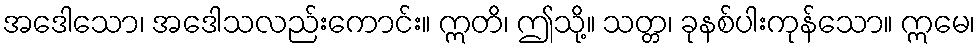
အဒေါသော၊ အဒေါသလည်းကောင်း။ ဣတိ၊ ဤသို့။ သတ္တ၊ ခုနစ်ပါးကုန်သော။ ဣမေ၊